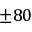
\pm 8 0